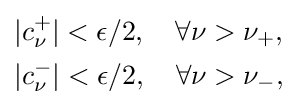
{\begin{aligned}&|c_{\nu }^{+}|<\epsilon /2,\quad \forall \nu >\nu _{+},\\&|c_{\nu }^{-}|<\epsilon /2,\quad \forall \nu >\nu _{-},\end{aligned}}